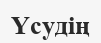
Үсудің